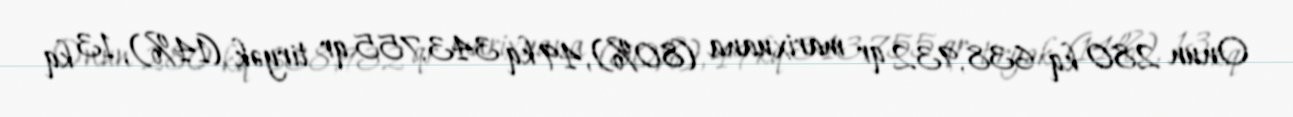
Onun 280 kq 638,932 qr marixuana (80%), 49 kq 343,755 qr tiryək (14%), 13 kq